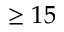
\geq 1 5